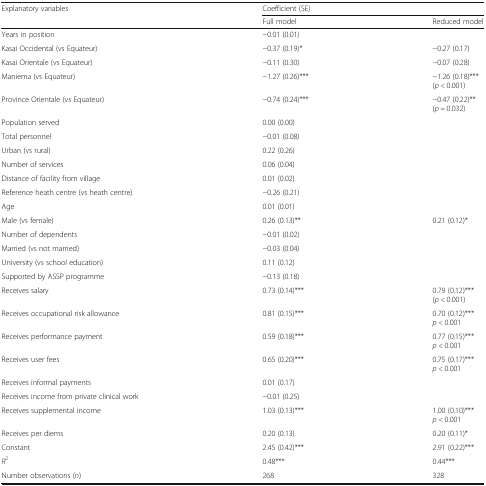
<table><thead><tr><td rowspan="2"><b>Explanatory variables</b></td><td colspan="2"><b>Coefficient (SE)</b></td></tr><tr><td><b>Full model</b></td><td><b>Reduced model</b></td></tr></thead><tbody><tr><td>Years in position</td><td>−0.01 (0.01)</td><td></td></tr><tr><td>Kasai Occidental (vs Equateur)</td><td>−0.37 (0.19)*</td><td>−0.27 (0.17)</td></tr><tr><td>Kasai Orientale (vs Equateur)</td><td>−0.11 (0.30)</td><td>−0.07 (0.28)</td></tr><tr><td>Maniema (vs Equateur)</td><td>−1.27 (0.26)***</td><td>−1.26 (0.18)***(<i>p &lt;</i> 0.001)</td></tr><tr><td>Province Orientale (vs Equateur)</td><td>−0.74 (0.24)***</td><td>−0.47 (0.22)**(<i>p =</i> 0.032)</td></tr><tr><td>Population served</td><td>0.00 (0.00)</td><td></td></tr><tr><td>Total personnel</td><td>−0.01 (0.08)</td><td></td></tr><tr><td>Urban (vs rural)</td><td>0.22 (0.26)</td><td></td></tr><tr><td>Number of services</td><td>0.06 (0.04)</td><td></td></tr><tr><td>Distance of facility from village</td><td>0.01 (0.02)</td><td></td></tr><tr><td>Reference heath centre (vs heath centre)</td><td>−0.26 (0.21)</td><td></td></tr><tr><td>Age</td><td>0.01 (0.01)</td><td></td></tr><tr><td>Male (vs female)</td><td>0.26 (0.13)**</td><td>0.21 (0.12)*</td></tr><tr><td>Number of dependents</td><td>−0.01 (0.02)</td><td></td></tr><tr><td>Married (vs not married)</td><td>−0.03 (0.04)</td><td></td></tr><tr><td>University (vs school education)</td><td>0.11 (0.12)</td><td></td></tr><tr><td>Supported by ASSP programme</td><td>−0.13 (0.18)</td><td></td></tr><tr><td>Receives salary</td><td>0.73 (0.14)***</td><td>0.79 (0.12)***(<i>p &lt;</i> 0.001)</td></tr><tr><td>Receives occupational risk allowance</td><td>0.81 (0.15)***</td><td>0.70 (0.12)***<i>p &lt;</i> 0.001</td></tr><tr><td>Receives performance payment</td><td>0.59 (0.18)***</td><td>0.77 (0.15)***<i>p &lt;</i> 0.001</td></tr><tr><td>Receives user fees</td><td>0.65 (0.20)***</td><td>0.75 (0.17)***<i>p &lt;</i> 0.001</td></tr><tr><td>Receives informal payments</td><td>0.01 (0.17)</td><td></td></tr><tr><td>Receives income from private clinical work</td><td>−0.01 (0.25)</td><td></td></tr><tr><td>Receives supplemental income</td><td>1.03 (0.13)***</td><td>1.00 (0.10)***<i>p &lt;</i> 0.001</td></tr><tr><td>Receives per diems</td><td>0.20 (0.13)</td><td>0.20 (0.11)*</td></tr><tr><td>Constant</td><td>2.45 (0.42)***</td><td>2.91 (0.22)***</td></tr><tr><td><i>R</i><sup>2</sup></td><td>0.48***</td><td>0.44***</td></tr><tr><td>Number observations (<i>n</i>)</td><td>268</td><td>328</td></tr></tbody></table>